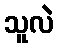
သူလဲ